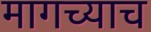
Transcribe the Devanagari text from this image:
मागच्याच